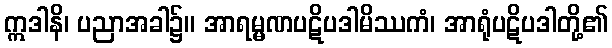
ဣဒါနိ၊ ပညာအခါ၌။ အာရမ္မဏပဋိပဒါမိဿကံ၊ အာရုံပဋိပဒါတို့၏